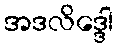
အဒလိဒ္ဒေါ